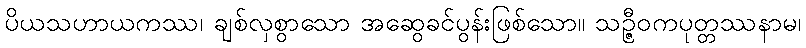
ပိယသဟာယကဿ၊ ချစ်လှစွာသော အဆွေခင်ပွန်းဖြစ်သော။ သဉ္ဇီဝကပုတ္တဿနာမ၊